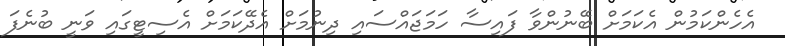
އެހެންކަމުން އެކަމަށް ބޭނުންވާ ފައިސާ ހަމަޖައްސައި ދިނުމަށް އެދޭކަމަށް އެސިޓީގައި ވަނީ ބުނެފަ